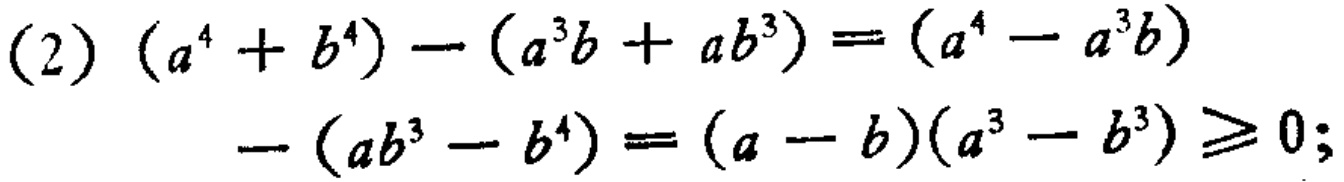
\((2)\ (a^{4}+b^{4})-(a^{3}b + ab^{3})=(a^{4}-a^{3}b)-(ab^{3}-b^{4})=(a - b)(a^{3}-b^{3})\geq0;\)